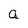
Character: a